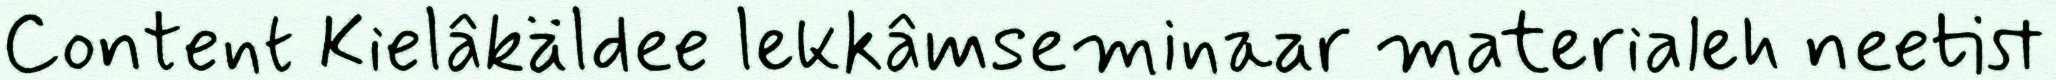
Content Kielâkäldee lekkâmseminaar materialeh neetist